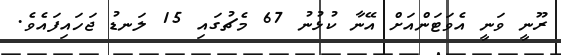
ރޫނީ ވަނީ އެވަޓަންއަށް އޭނާ ކުޅުނު 67 މެޗުގައި 15 ލަނޑު ޖަހައިފައެވެ.